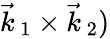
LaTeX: \vec{k}_{\, 1}\times\vec{k}_{\, 2})